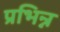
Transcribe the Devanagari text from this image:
प्रभिन्न